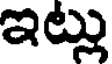
ఇట్లు